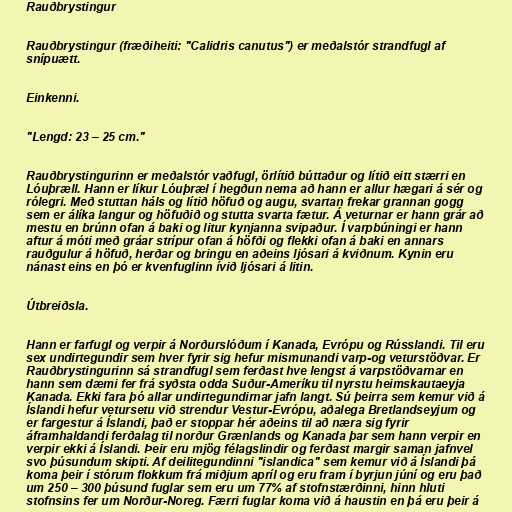
Rauðbrystingur

Rauðbrystingur (fræðiheiti: "Calidris canutus") er meðalstór strandfugl af
snípuætt.

Einkenni.

"Lengd: 23 – 25 cm."

Rauðbrystingurinn er meðalstór vaðfugl, örlítið búttaður og lítið eitt stærri en
Lóuþræll. Hann er líkur Lóuþræl í hegðun nema að hann er allur hægari á sér og
rólegri. Með stuttan háls og lítið höfuð og augu, svartan frekar grannan gogg
sem er álíka langur og höfuðið og stutta svarta fætur. Á veturnar er hann grár að
mestu en brúnn ofan á baki og litur kynjanna svipaður. Í varpbúningi er hann
aftur á móti með gráar strípur ofan á höfði og flekki ofan á baki en annars
rauðgulur á höfuð, herðar og bringu en aðeins ljósari á kviðnum. Kynin eru
nánast eins en þó er kvenfuglinn ívið ljósari á litin.

Útbreiðsla.

Hann er farfugl og verpir á Norðurslóðum í Kanada, Evrópu og Rússlandi. Til eru
sex undirtegundir sem hver fyrir sig hefur mismunandi varp-og veturstöðvar. Er
Rauðbrystingurinn sá strandfugl sem ferðast hve lengst á varpstöðvarnar en
hann sem dæmi fer frá syðsta odda Suður-Ameríku til nyrstu heimskautaeyja
Kanada. Ekki fara þó allar undirtegundirnar jafn langt. Sú þeirra sem kemur við á
Íslandi hefur vetursetu við strendur Vestur-Evrópu, aðalega Bretlandseyjum og
er fargestur á Íslandi, það er stoppar hér aðeins til að næra sig fyrir
áframhaldandi ferðalag til norður Grænlands og Kanada þar sem hann verpir en
verpir ekki á Íslandi. Þeir eru mjög félagslindir og ferðast margir saman jafnvel
svo þúsundum skipti. Af deilitegundinni "islandica" sem kemur við á Íslandi þá
koma þeir í stórum flokkum frá miðjum apríl og eru fram í byrjun júní og eru það
um 250 – 300 þúsund fuglar sem eru um 77% af stofnstærðinni, hinn hluti
stofnsins fer um Norður-Noreg. Færri fuglar koma við á haustin en þá eru þeir á